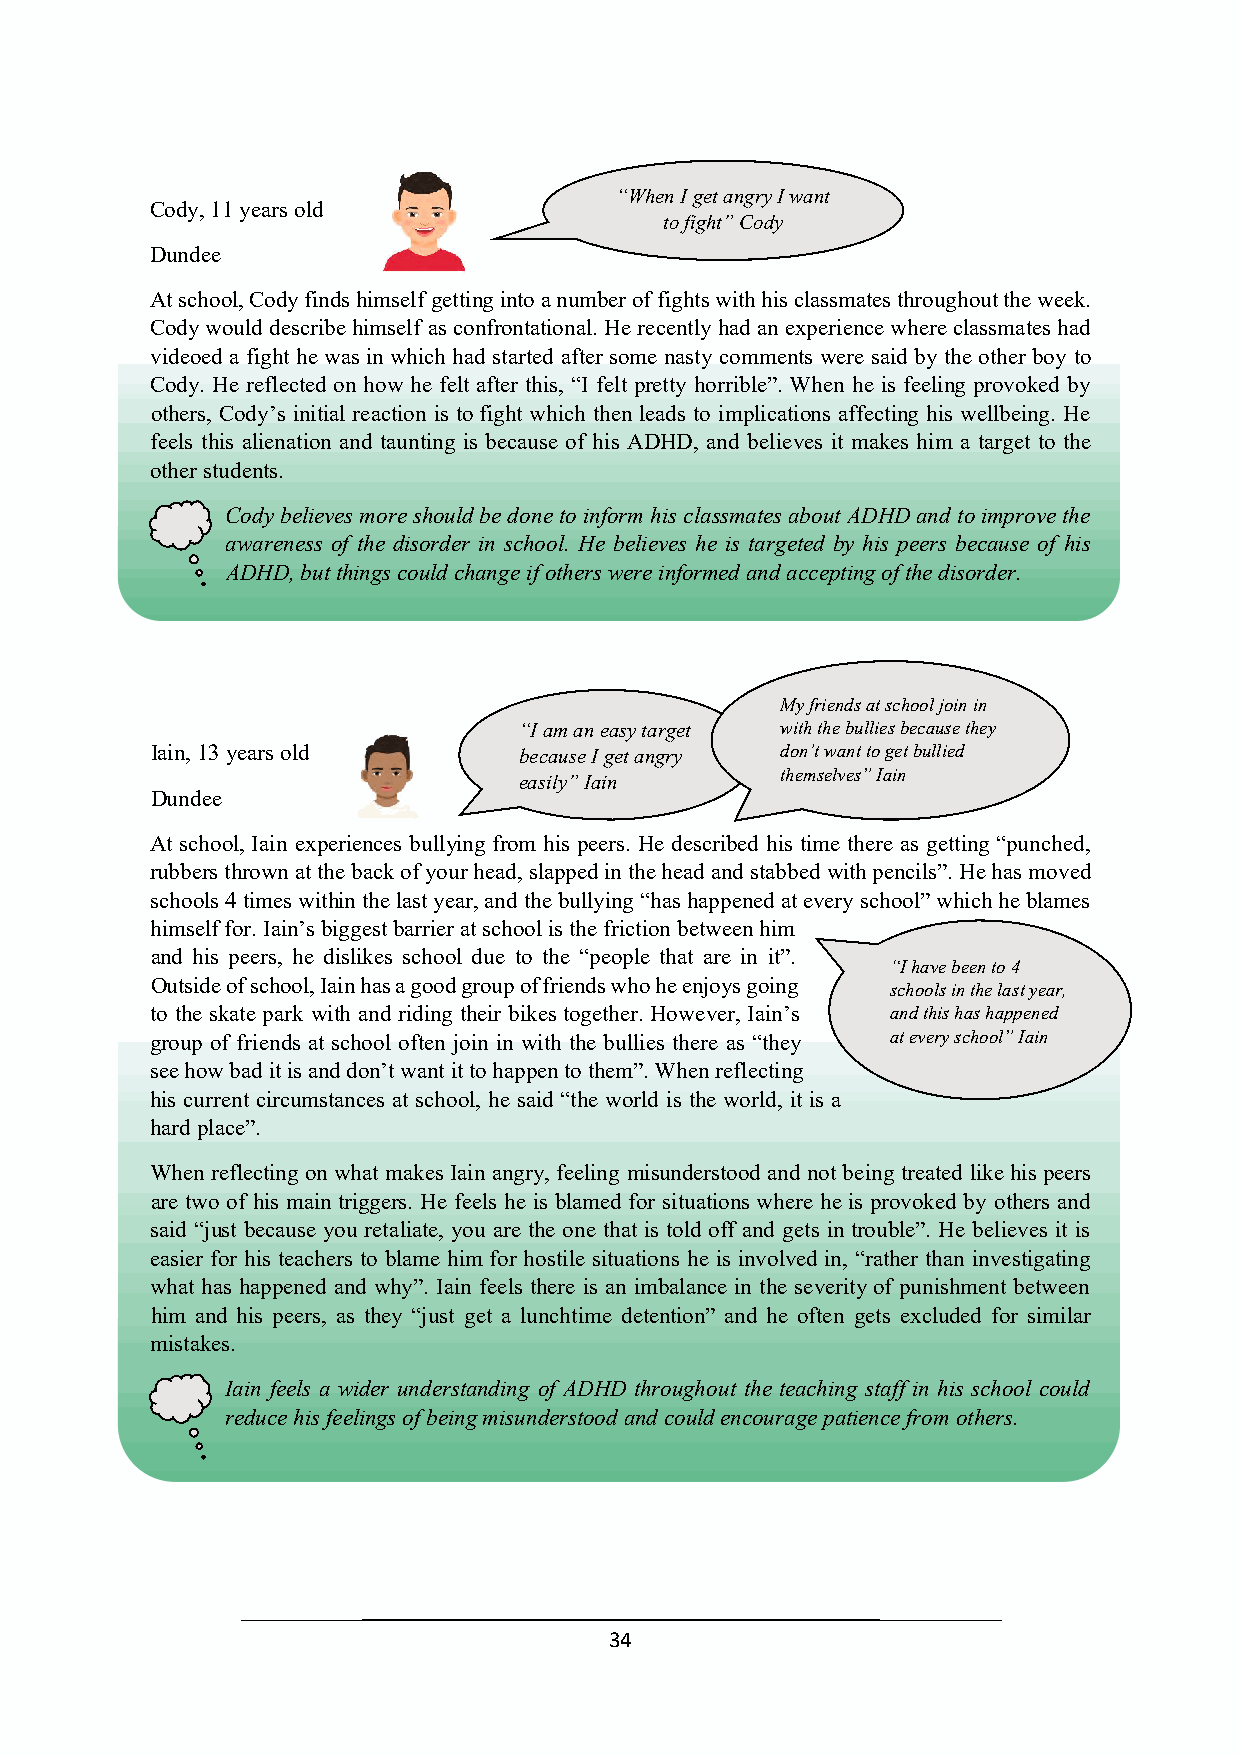
“When I get angry I want
 Cody, 11 years old
 to fight” Cody
 Dundee
 At school, Cody finds himself getting into a number of fights with his classmates throughout the week.
 “When I get angry I want
 Cody would describe himself as confrontational. He recently had an experience where classmates had
 to fight” Cody
 videoed a fight he was in which had started after some nasty comments were said by the other boy to
 Cody. He reflected on how he felt after this, “I felt pretty horrible”. When he is feeling provoked by
 others, Cody’s initial reaction is to fight which then leads to implications affecting his wellbeing. He
 feels this alienation and taunting is because of his ADHD, and believes it makes him a target to the
 other students.
 Cody believes more should be done to inform his classmates about ADHD and to improve the
 awareness of the disorder in school. He believes he is targeted by his peers because of his
 ADHD, but things could change if others were informed and accepting of the disorder.
 My friends at school join in
 “I am an easy target with the bullies because they
 Iain, 13 years old      because I get angry don’t want to get bullied
 themselves” Iain
 easily” Iain
 Dundee
 I
 At school, Iain experiences bullying from his peers. He described his time there as getting “punched,
 rubbers thrown at the back of your head,“ sI laampp aend eians yth tea rhgeeat d and stabbed with pencils”. He has moved
 schools 4 times within the last year, and btehcea ubsuel lIy ginetg a “nhgarsy happened Maty e fvrieenryds s acth sochoolo”l wjohini cinh he blames
 himself for. Iain’s biggest barrier at schoeoals iilsy ”th Iea ifnr iction between himwi th the bullies because they
 don’t want to get bullied
 and his peers, he dislikes school due to the “people that are in it”.
 themselves” Ia“inI have been to 4
 Outside of school, Iain has a good group of friends who he enjoys going schools in the last year,
 to the skate park with and riding their bikes together. However, Iain’s Ia nd this has happened
 group of friends at school often join in with the bullies there as “they at every school” Iain
 see how bad it is and don’t want it to happen to them”. When reflecting
 his current circumstances at school, he said “the world is the world, it is a
 hard place”.                                     “I have been to 4
 schools in the last year,
 When reflecting on what makes Iain angry, feeling misunderstood and not beinga ntrde tahties dh alsi kheap hpiesn epde ers
 at every school” Iain
 are two of his main triggers. He feels he is blamed for situations where he is provoked by others and
 said “just because you retaliate, you are the one that is told off and gets in trouble”. He believes it is
 easier for his teachers to blame him for hostile situations he is involved in, “rather than investigating
 what has happened and why”. Iain feels there is an imbalance in the severity of punishment between
 him and his peers, as they “just get a lunchtime detention” and he often gets excluded for similar
 mistakes.
 Iain feels a wider understanding of ADHD throughout the teaching staff in his school could
 reduce his feelings of being misunderstood and could encourage patience from others.
 34